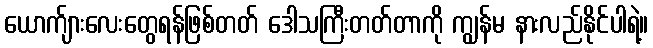
ယောက်ျားလေးတွေရန်ဖြစ်တတ် ဒေါသကြီးတတ်တာကို ကျွန်မ နားလည်နိုင်ပါရဲ့။